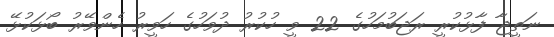
ނަތީޖާ ފާޅުކުރީ ރަޖަބުމަހުގެ 22 ވީ ހުކުރު ދުވަހުގެ ހަވީރު ހެންވޭރު ބޯޅަކުޅޭ